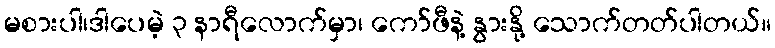
မစားပါ၊ဒါပေမဲ့ ၃ နာရီလောက်မှာ၊ ကော်ဖီနဲ့ နွားနို့ သောက်တတ်ပါတယ်။